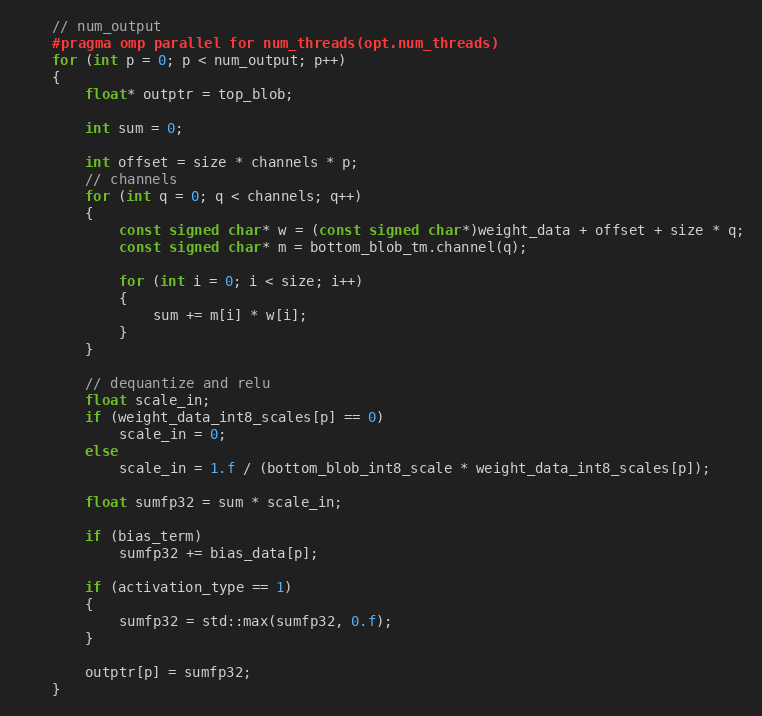
Language: C++
    // num_output
    #pragma omp parallel for num_threads(opt.num_threads)
    for (int p = 0; p < num_output; p++)
    {
        float* outptr = top_blob;

        int sum = 0;

        int offset = size * channels * p;
        // channels
        for (int q = 0; q < channels; q++)
        {
            const signed char* w = (const signed char*)weight_data + offset + size * q;
            const signed char* m = bottom_blob_tm.channel(q);

            for (int i = 0; i < size; i++)
            {
                sum += m[i] * w[i];
            }
        }

        // dequantize and relu
        float scale_in;
        if (weight_data_int8_scales[p] == 0)
            scale_in = 0;
        else
            scale_in = 1.f / (bottom_blob_int8_scale * weight_data_int8_scales[p]);

        float sumfp32 = sum * scale_in;

        if (bias_term)
            sumfp32 += bias_data[p];

        if (activation_type == 1)
        {
            sumfp32 = std::max(sumfp32, 0.f);
        }

        outptr[p] = sumfp32;
    }